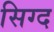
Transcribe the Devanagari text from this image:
सिग्द